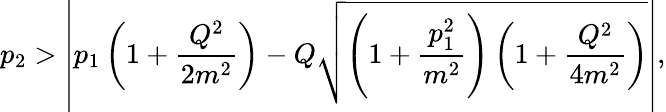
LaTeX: p_{2}>\left|p_{1}\left(1+\frac{Q^{2}}{2m^{2}}\right)-Q\sqrt{\left(1+\frac{p_{1}^{2}}{m^{2}}\right)\left(1+\frac{Q^{2}}{4m^{2}}\right)}\right|,